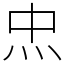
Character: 𤆪